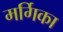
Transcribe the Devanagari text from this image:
मर्गिका